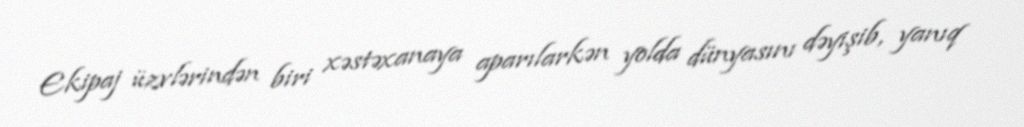
Ekipaj üzvlərindən biri xəstəxanaya aparılarkən yolda dünyasını dəyişib, yanıq